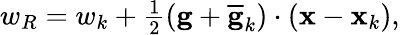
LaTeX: \begin{array}{r}{w_{R}=w_{k}+\frac{1}{2}\left({\mathbf g}+\overline{{\mathbf g}}_{k}\right)\cdot({\mathbf x}-{\mathbf x}_{k}),}\end{array}